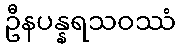
ဦနပန္နရသဝဿံ